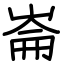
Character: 崙